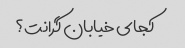
کجای خیابان گرانت؟